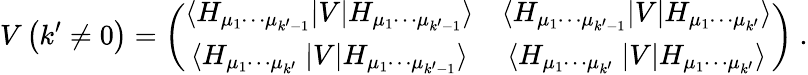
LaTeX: V\left(k^{\prime}\ne 0\right)=\left(\begin{array}{cc}{{\langle H_{\mu_{1}\cdots\mu_{k^{\prime}-1}}|V|H_{\mu_{1}\cdots\mu_{k^{\prime}-1}}\rangle}}&{{\langle H_{\mu_{1}\cdots\mu_{k^{\prime}-1}}|V|H_{\mu_{1}\cdots\mu_{k^{\prime}}}\rangle}}\\ {{\langle H_{\mu_{1}\cdots\mu_{k^{\prime}~~}}|V|H_{\mu_{1}\cdots\mu_{k^{\prime}-1}}\rangle}}&{{\langle H_{\mu_{1}\cdots\mu_{k^{\prime~~}}}|V|{H}_{\mu_{1}\cdots\mu_{k^{\prime}}}\rangle}}\end{array}\right)\ .